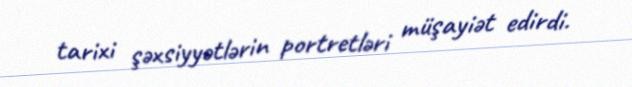
tarixi şəxsiyyətlərin portretləri müşayiət edirdi.